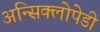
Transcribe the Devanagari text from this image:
अन्सिक्लोपेडी